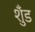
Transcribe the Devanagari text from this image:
शुँड